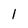
Character: 1